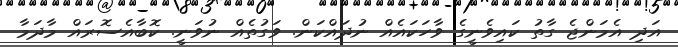
އަދި އެމަންޖެ ގާތު ކައިވެނީގެ ވާހަކައެއް ނުދައްކަން. ވަގުތެއް ނުވަނީ. ކޮބާއެސޮރައް މާދަމާ